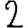
Digit: 2